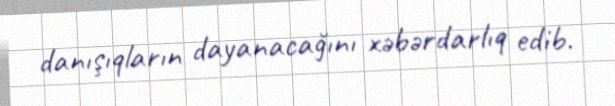
danışıqların dayanacağını xəbərdarlıq edib.